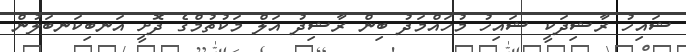
ޝައިހު ރާޝިދަކީ ޝައިހު މުހައްމަދު ބިން ރާޝިދު އަލް މަކުތުމްގެ ދޮށީ އަނބިކަނބަލުން